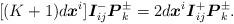
LaTeX: \begin{align*}\lbrack (K+1)d\boldsymbol{x}^{i}]\boldsymbol{I}_{ij}^{-}\boldsymbol{P}_{k}^{\pm }=2d\boldsymbol{x}^{i}\boldsymbol{I}_{ij}^{+}\boldsymbol{P}_{k}^{\pm }.\end{align*}